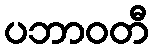
ပဘာဝတီ